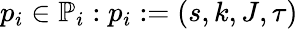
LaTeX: p_{i}\in\mathbb{P}_{i}:p_{i}:=(s,k,J,\tau)